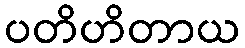
ပတိဟိတာယ